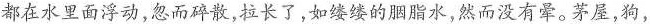
都在水里面浮动，忽而碎散，拉长了，如缕缕的胭脂水，然而没有晕。茅屋，狗，